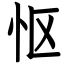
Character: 怄